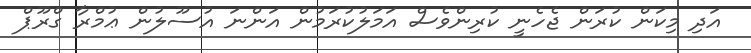
އަދި މިކަން ކުރަން ޖެހެނީ ކުރިންވެސް އަމަލުކުރަމުން އަންނަ އުސޫލުން ޢުމްރާ ގްރޫޕް